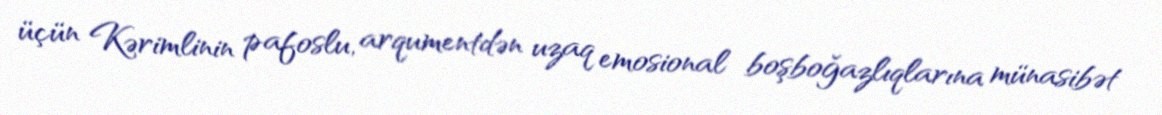
üçün Kərimlinin pafoslu, arqumentdən uzaq emosional boşboğazlıqlarına münasibət